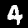
Digit: 4